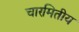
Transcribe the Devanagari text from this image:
चारमितीय